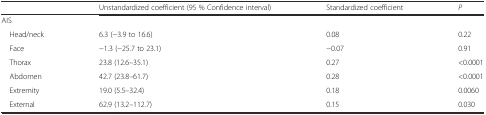
<table><thead><tr><td></td><td><b>Unstandardized coefficient (95 % Confidence interval)</b></td><td><b>Standardized coefficient</b></td><td><b><i>P</i></b></td></tr></thead><tbody><tr><td>AIS</td><td></td><td></td><td></td></tr><tr><td> Head/neck</td><td>6.3 (−3.9 to 16.6)</td><td>0.08</td><td>0.22</td></tr><tr><td> Face</td><td>−1.3 (−25.7 to 23.1)</td><td>−0.07</td><td>0.91</td></tr><tr><td> Thorax</td><td>23.8 (12.6–35.1)</td><td>0.27</td><td>&lt;0.0001</td></tr><tr><td> Abdomen</td><td>42.7 (23.8–61.7)</td><td>0.28</td><td>&lt;0.0001</td></tr><tr><td> Extremity</td><td>19.0 (5.5–32.4)</td><td>0.18</td><td>0.0060</td></tr><tr><td> External</td><td>62.9 (13.2–112.7)</td><td>0.15</td><td>0.030</td></tr></tbody></table>